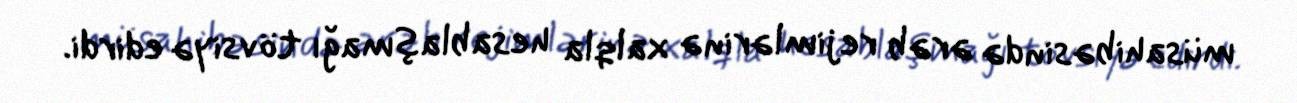
müsahibəsində ərəb rejimlərinə xalqla hesablaşmağı tövsiyə edirdi.